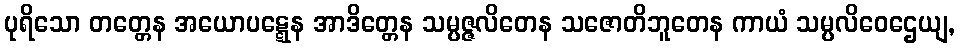
ပုရိသော တတ္တေန အယောပဋ္ဋေန အာဒိတ္တေန သမ္ပဇ္ဇလိတေန သဇောတိဘူတေန ကာယံ သမ္ပလိဝေဌေယျ,